Annual report on the mental hospital in the Central Provinces and Berar (Nagpur) - 1927-1951
Year: 1927
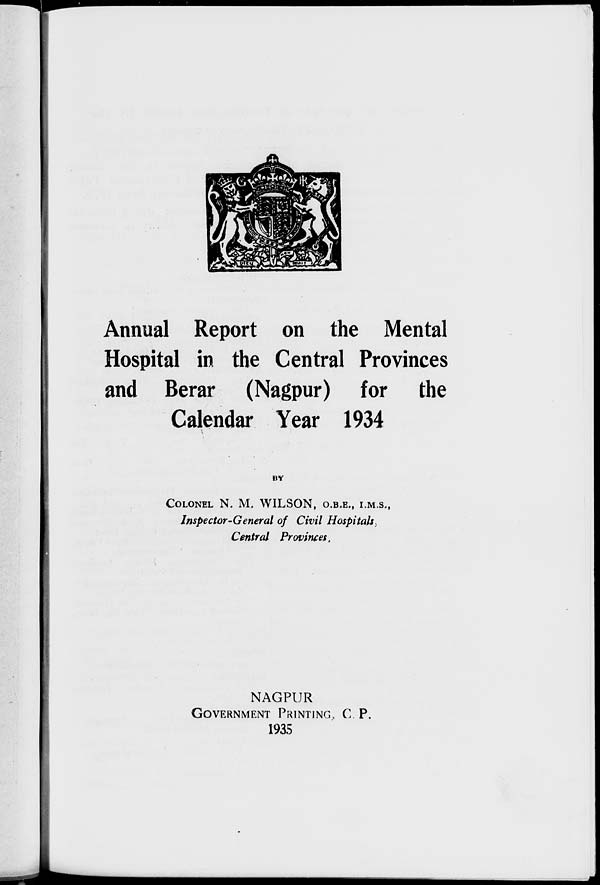
Annual Report on the Mental
Hospital in the Central Provinces
and Berar (Nagpur) for the
Calendar Year 1934
BY
COLONEL N. M. WILSON, O.B.E., I.M.S.,
Inspector-General of Civil Hospitals
Central Provinces.
NAGPUR
GOVERNMENT PRINTING, C. P.
1935